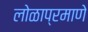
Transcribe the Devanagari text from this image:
लोळाप्रमाणे